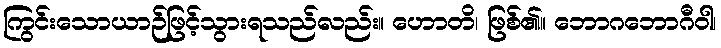
ကြွင်းသောယာဉ်ဖြင့်သွားရသည်လည်း။ ဟောတိ၊ ဖြစ်၏။ ဘောဂဘောဂီဝါ၊